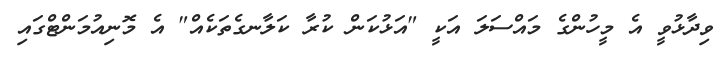
ވިދާޅުވީ އެ މީހުންގެ މައްސަލަ އަކީ "އަޅުކަން ކުރާ ކަލާނގެތަކެއް" އެ މޮނިއުމަންޓްގައި